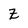
Character: z